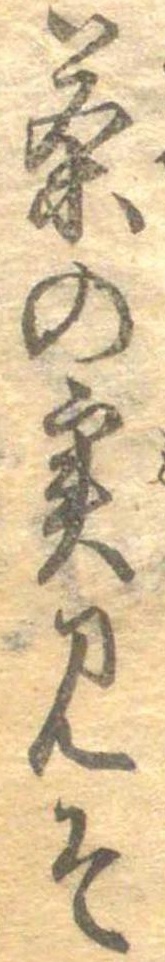
茶の実みそ